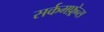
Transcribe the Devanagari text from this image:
सर्कमफ़्रेन्स